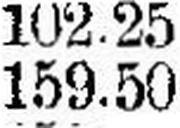
159.50